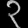
Digit: ၃